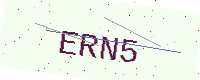
Text: ERN5